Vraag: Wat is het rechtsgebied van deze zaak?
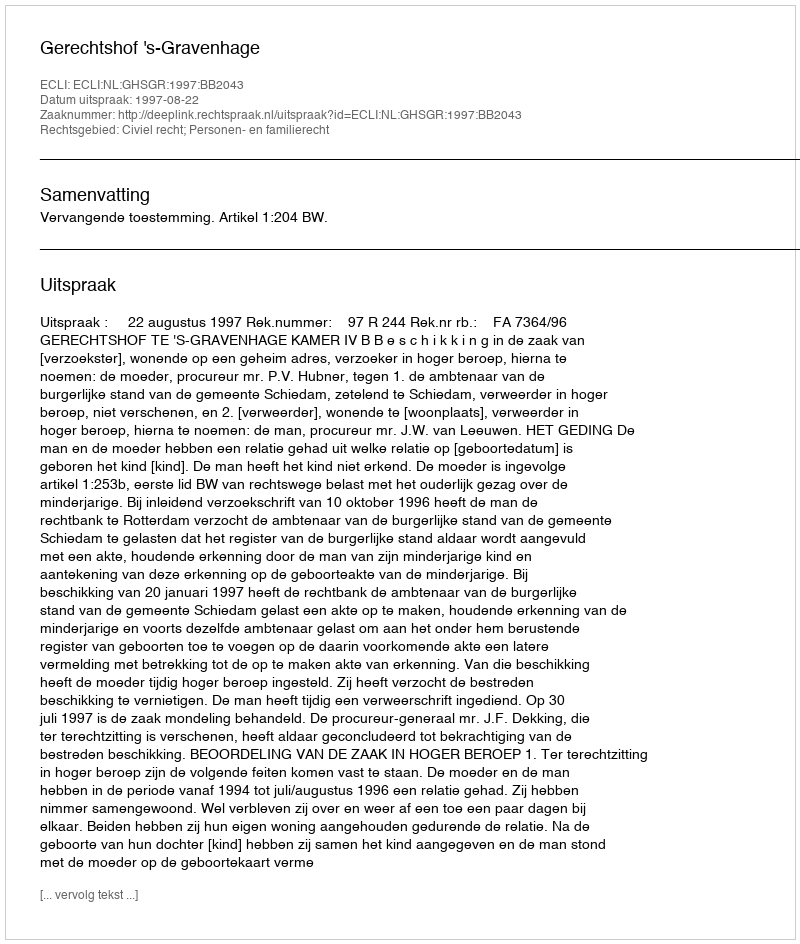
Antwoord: Civiel recht; Personen- en familierecht